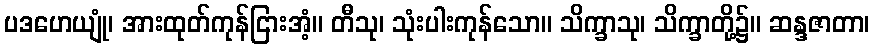
ပဒဟေယျုံ၊ အားထုတ်ကုန်ငြားအံ့။ တီသု၊ သုံးပါးကုန်သော။ သိက္ခာသု၊ သိက္ခာတို့၌။ ဆန္ဒဇာတာ၊